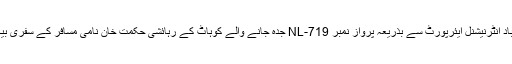
بارھویں کاروائی کے دوران اے این ایف راولپنڈی نے نیو اسلام آباد انٹرنیشنل ایئرپورٹ سے بذریعہ پرواز نمبر NL-719 جدہ جانے والے کوہاٹ کے رہائشی حکمت خان نامی مسافر کے سفری بیگ سے 600 گرام ایمفیٹا مائن برآمد کر کے اسے گرفتار کر لیا۔